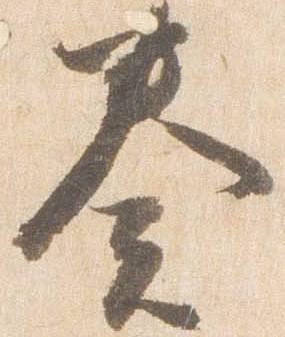
奏